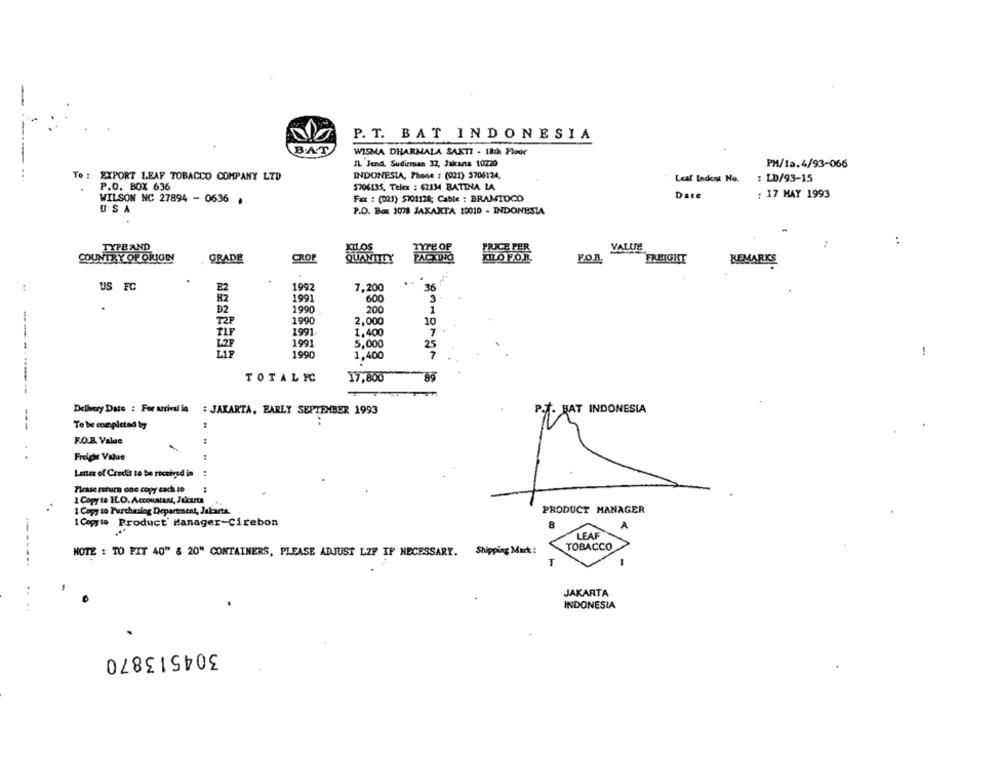
-
P. T. BAT INDONESIA
BAT
WISMA DHARMALA SAKTI - 18th Floor
IL Jend, Sudirraas 32, Jakana 10220
PH/1a.4/93-066
INDONESIA, Phone : (021) 5706124.
To : EXPORT LEAF TOBACCO COMPANY LTD
Leaf Indent No.
: LD/93-15
P.O. BOX 636
$706135, Telex : 62134 BATINA LA
Fax : (021) 5701128; Cable : BRAMIDCO
Date
: 17 MAY 1993
WILSON NC 27894 - 0636 .
USA
P.O. Box 10078 JAKARTA 10010 - INDONESIA
:
FAND
KILOS
VALUE
COUNTRY OF ORIGIN
GRADE
CROF
QUANTITY
FOR.
FREIGHT
REMARKS
:
US FC
1992
7,200
36
1991
600
D2
1990
200
T2P
1990
2,000
10
TLF
1991-
1,400
1991
5,000
1990
1,400
1
TOTALIC
17,800
-------
Delivery Date : For arrival in : JAKARTA, EARLY SEPTEMBER 1993
P.T. BAT INDONESIA
To be completed by
---
F.O.B. Value
:
Freighe Value
. .
Letter of Credit to be received in
Please return one copy cach to
1 Copy to ILO. Accountant, Jacurta
PRODUCT MANAGER
1 Copy to Purchasing Department, Jakarta.
[ Copyto Product Manager-Cirebon
8
A
LEAF
TOBACCO
NOTE : TO FIT 40" & 20" CONTAINERS, PLEASE ADJUST LZE IF NECESSARY. Shipping Mark:
---...
JAKARTA
INDONESIA
304513870